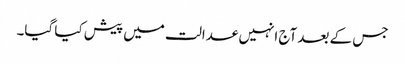
جس کے بعد آج انہیں عدالت میں پیش کیا گیا۔